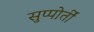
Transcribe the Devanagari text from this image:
सुप्पोर्तीं